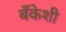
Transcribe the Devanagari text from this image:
बँकेशी